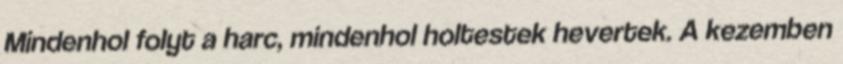
Mindenhol folyt a harc, mindenhol holtestek hevertek. A kezemben